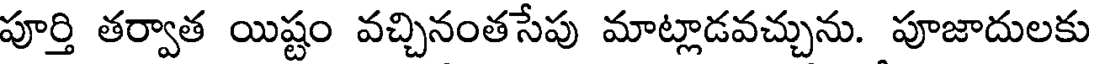
పూర్తి తర్వాత యిష్టం వచ్చినంతసేపు మాట్లాడవచ్చును. పూజాదులకు